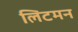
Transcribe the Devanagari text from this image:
लिटमन